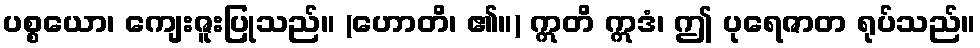
ပစ္စယော၊ ကျေးဇူးပြုသည်။ (ဟောတိ၊ ၏။) ဣတိ ဣဒံ၊ ဤ ပုရေဇာတ ရုပ်သည်။